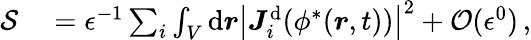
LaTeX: \begin{array}{rl}{\mathcal{S}}&{{}=\epsilon^{-1}\sum_{i}\int_{V}\mathrm{d}\boldsymbol{r}\big\vert\boldsymbol{J}_{i}^{\mathrm{d}}(\phi^{*}(\boldsymbol{r},t))\big\vert^{2}+\mathcal{O}(\epsilon^{0})\, ,}\end{array}